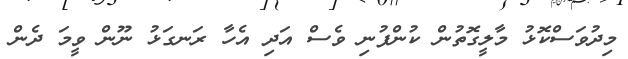
މިދުވަސްކޮޅު މާލީގޮތުން ކުންފުނި ވެސް އަދި އެހާ ރަނގަޅު ނޫން ވީމަ ދެން